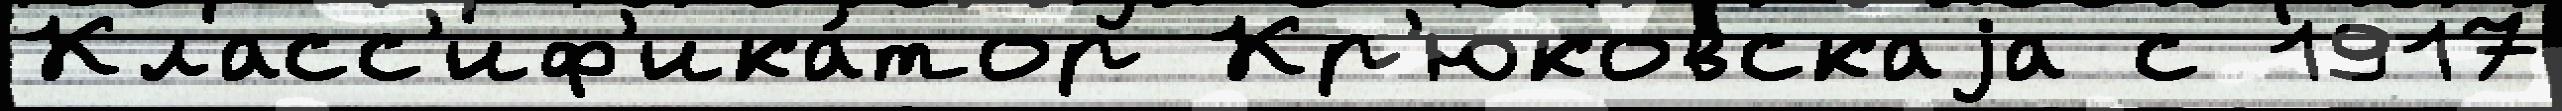
Класс'иф'ика́тор Кр'юковскаjа с 1917